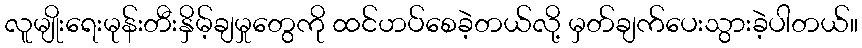
လူမျိုးရေးမုန်းတီးနှိမ့်ချမှုတွေကို ထင်ဟပ်စေခဲ့တယ်လို့ မှတ်ချက်ပေးသွားခဲ့ပါတယ်။